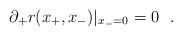
\begin{align*}\partial_+r(x_+,x_-)|_{x_-=0}=0~~.\end{align*}